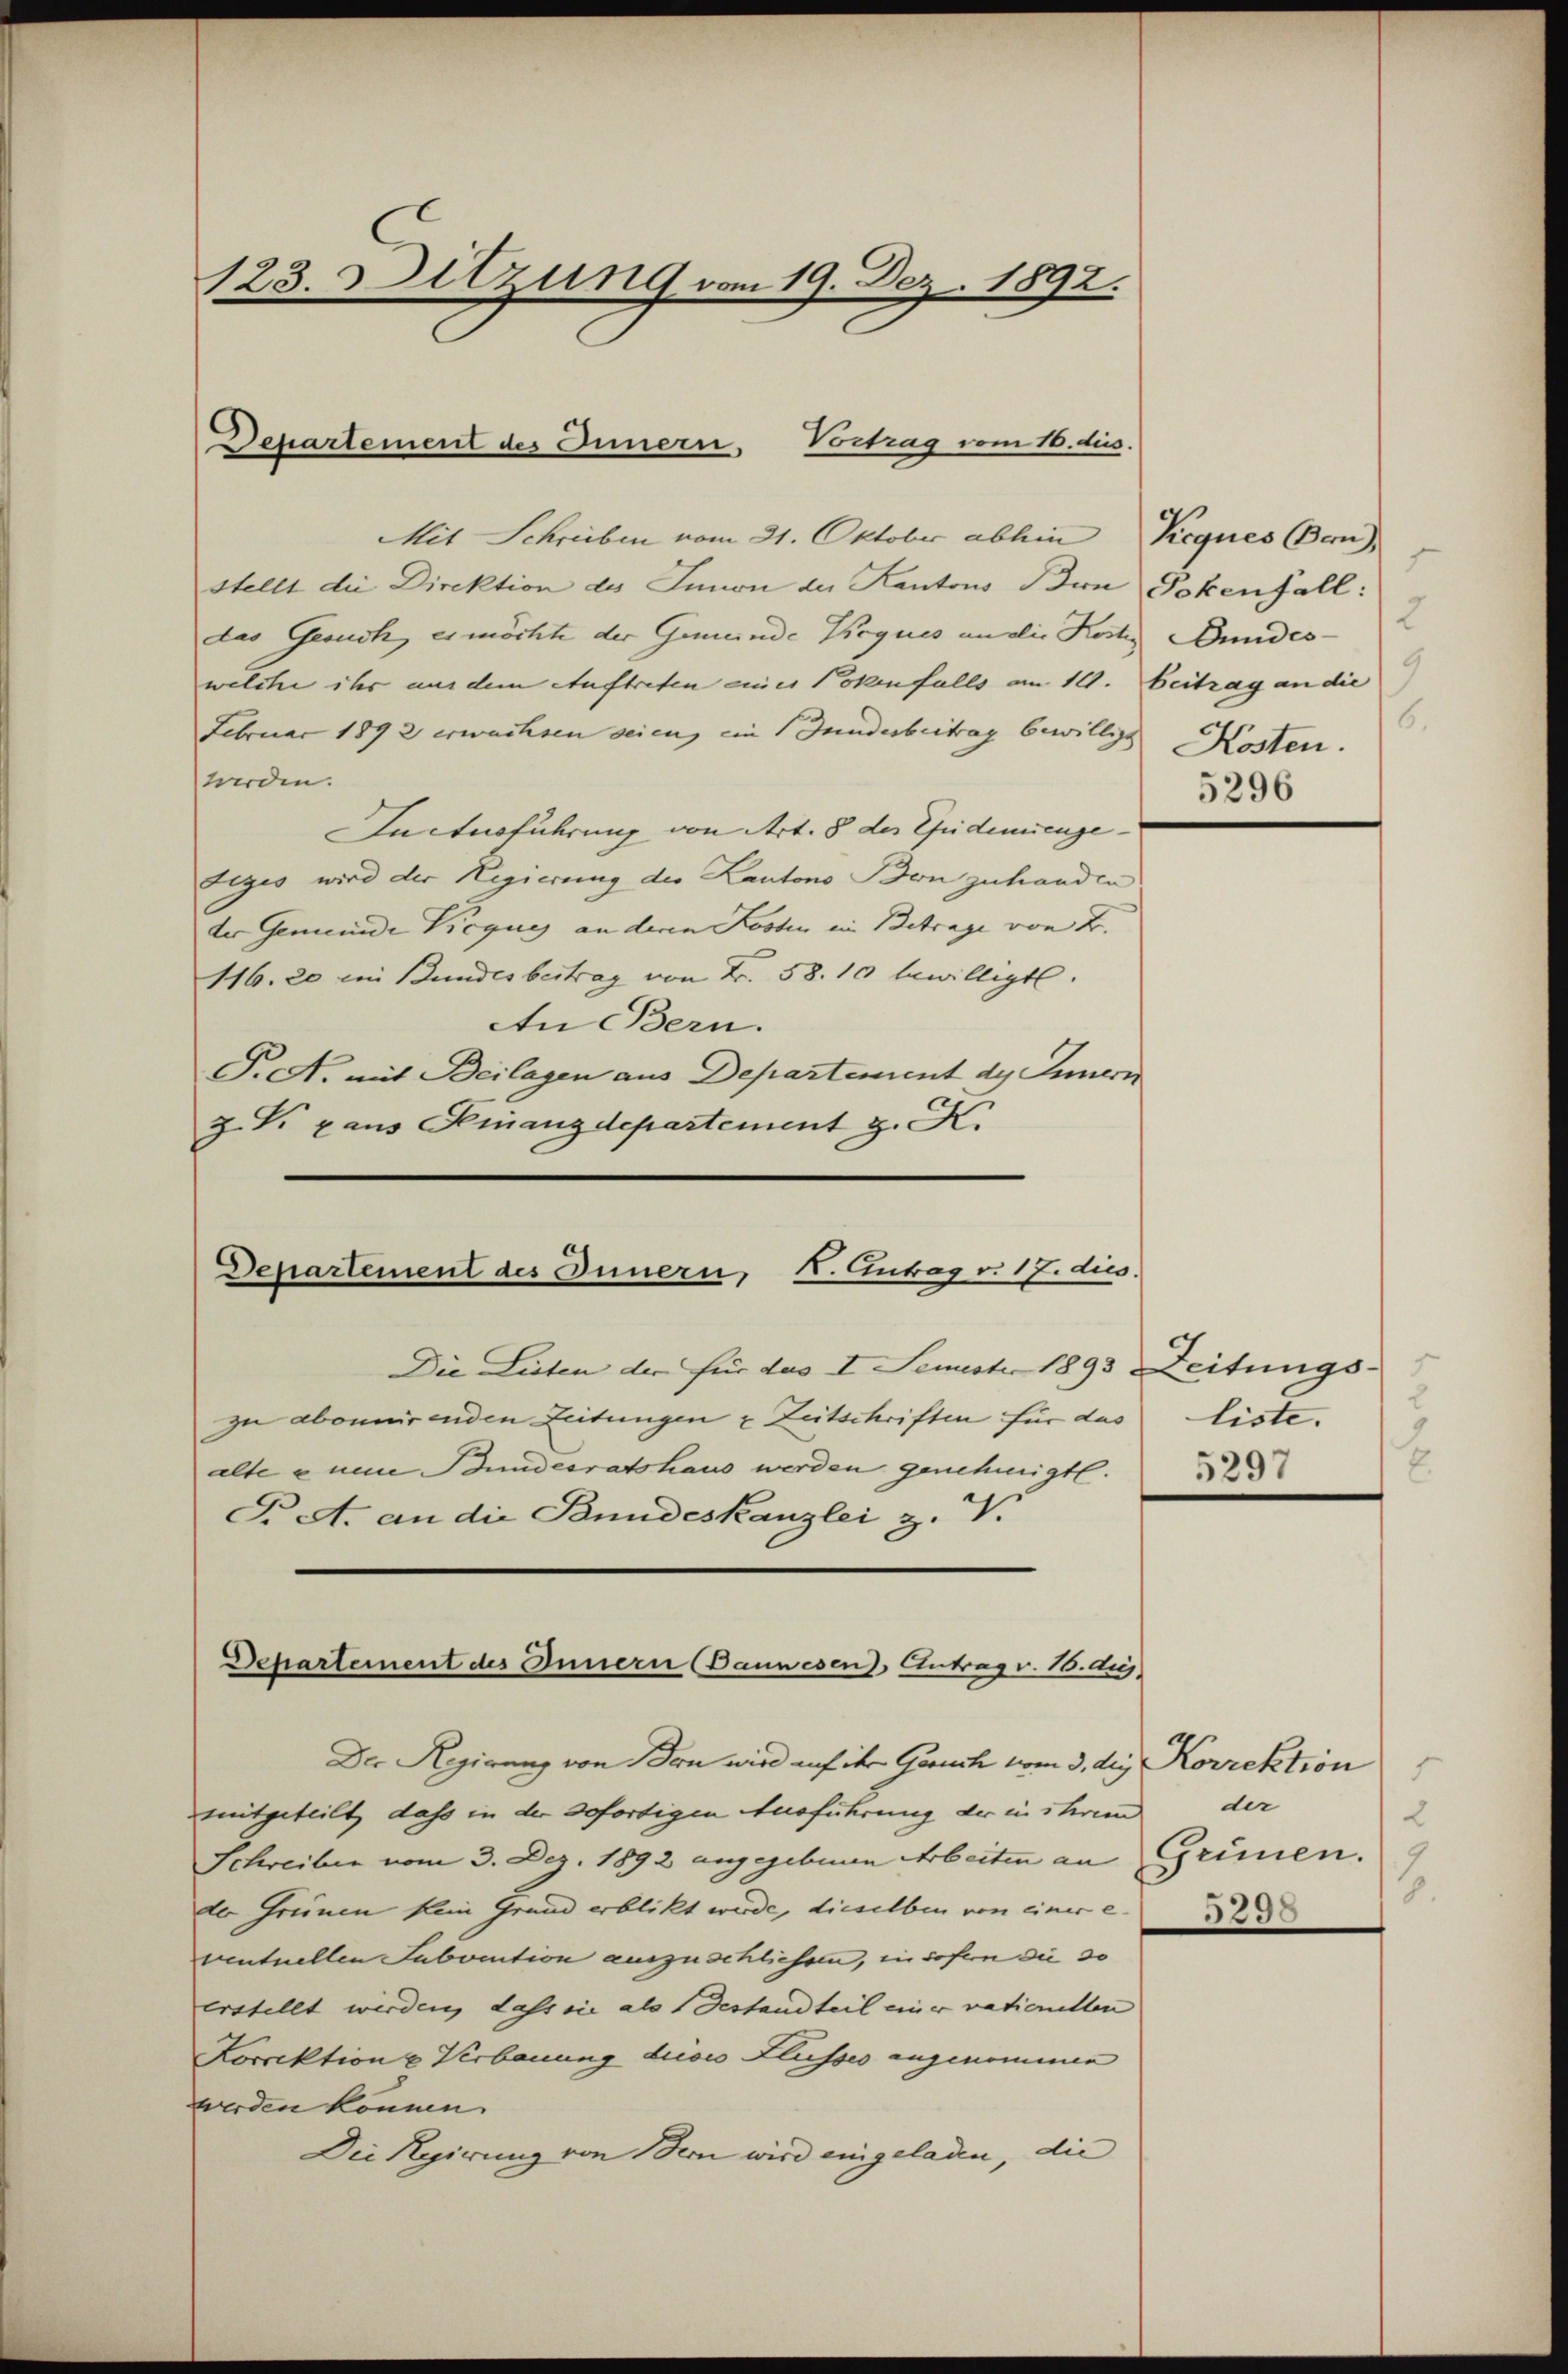
123. Setzung vom 19. Dez. 1892.

Departement des Innern. Vortrag vom 16. dies.

Mit Schreiben vom 21. Oktober abhin Pieques Bern,
stellt die Direktion des Innon der Kantons Bin Potenfall:
das Gesuch, es möchte der Gemeinde Krques an die Kosten Bundeswelche ihr aus dem Auftreten einer Potenfalls am 19. Beitrag an die
Februar 1892 erwachsen seien, ein Gundesbeitrag bewilligt
werden.
actusführung von Art. 8 des Epidemienge¬
Feges wird der Regierung der Kantons Bon zuhanden
der Gemeinde Vicques an deren Kosten in Betrage von B.
116. 20 im Bundes beitrag von Fr. 58. 10 bewilligte.
An Bern.
P.N. mit Beilagen aus Departement des Innern
Z. V. pans Finanzdepartement z. K.

K. Antrag v. 17. dies
Departement des Innern,

Die Listen der für das I. Semester 1893 Zeitungszu abonnirenden Zeitungen u Zeitschriften für das
alte e neue Bundesratshaus werden genehmigt.
T. A. an die Bundeskanzlei z.

Departement des Innern (Bauwesen Antrag v. 10. Aug.

f
2
9
6.
Kosten.
5296

Der Regierung von Bern wird auf ihr Gesuch vom 3. dez. Korrektion
mitgeteilt, dass in der sofortigen Ausführung der in ihrem
Schreiben vom 3. Dez. 1892 angegebenen Arbeiten an Grünen.
der Grünen kein Grund erblickt wurde, dieselben von einer e
ventuellen Subvention auszuschliessen, in sofern die 30
erstellt werden, dass sie als Gestandteil einer vationellen
Korrektion u Verbauung dieses Flusses angenommen
werden können.
Die Regierung von Stern wird eingeladen, die

liste.
.
5297

der
2
7.
5298